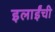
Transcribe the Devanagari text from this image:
इलाईंची